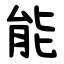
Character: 能